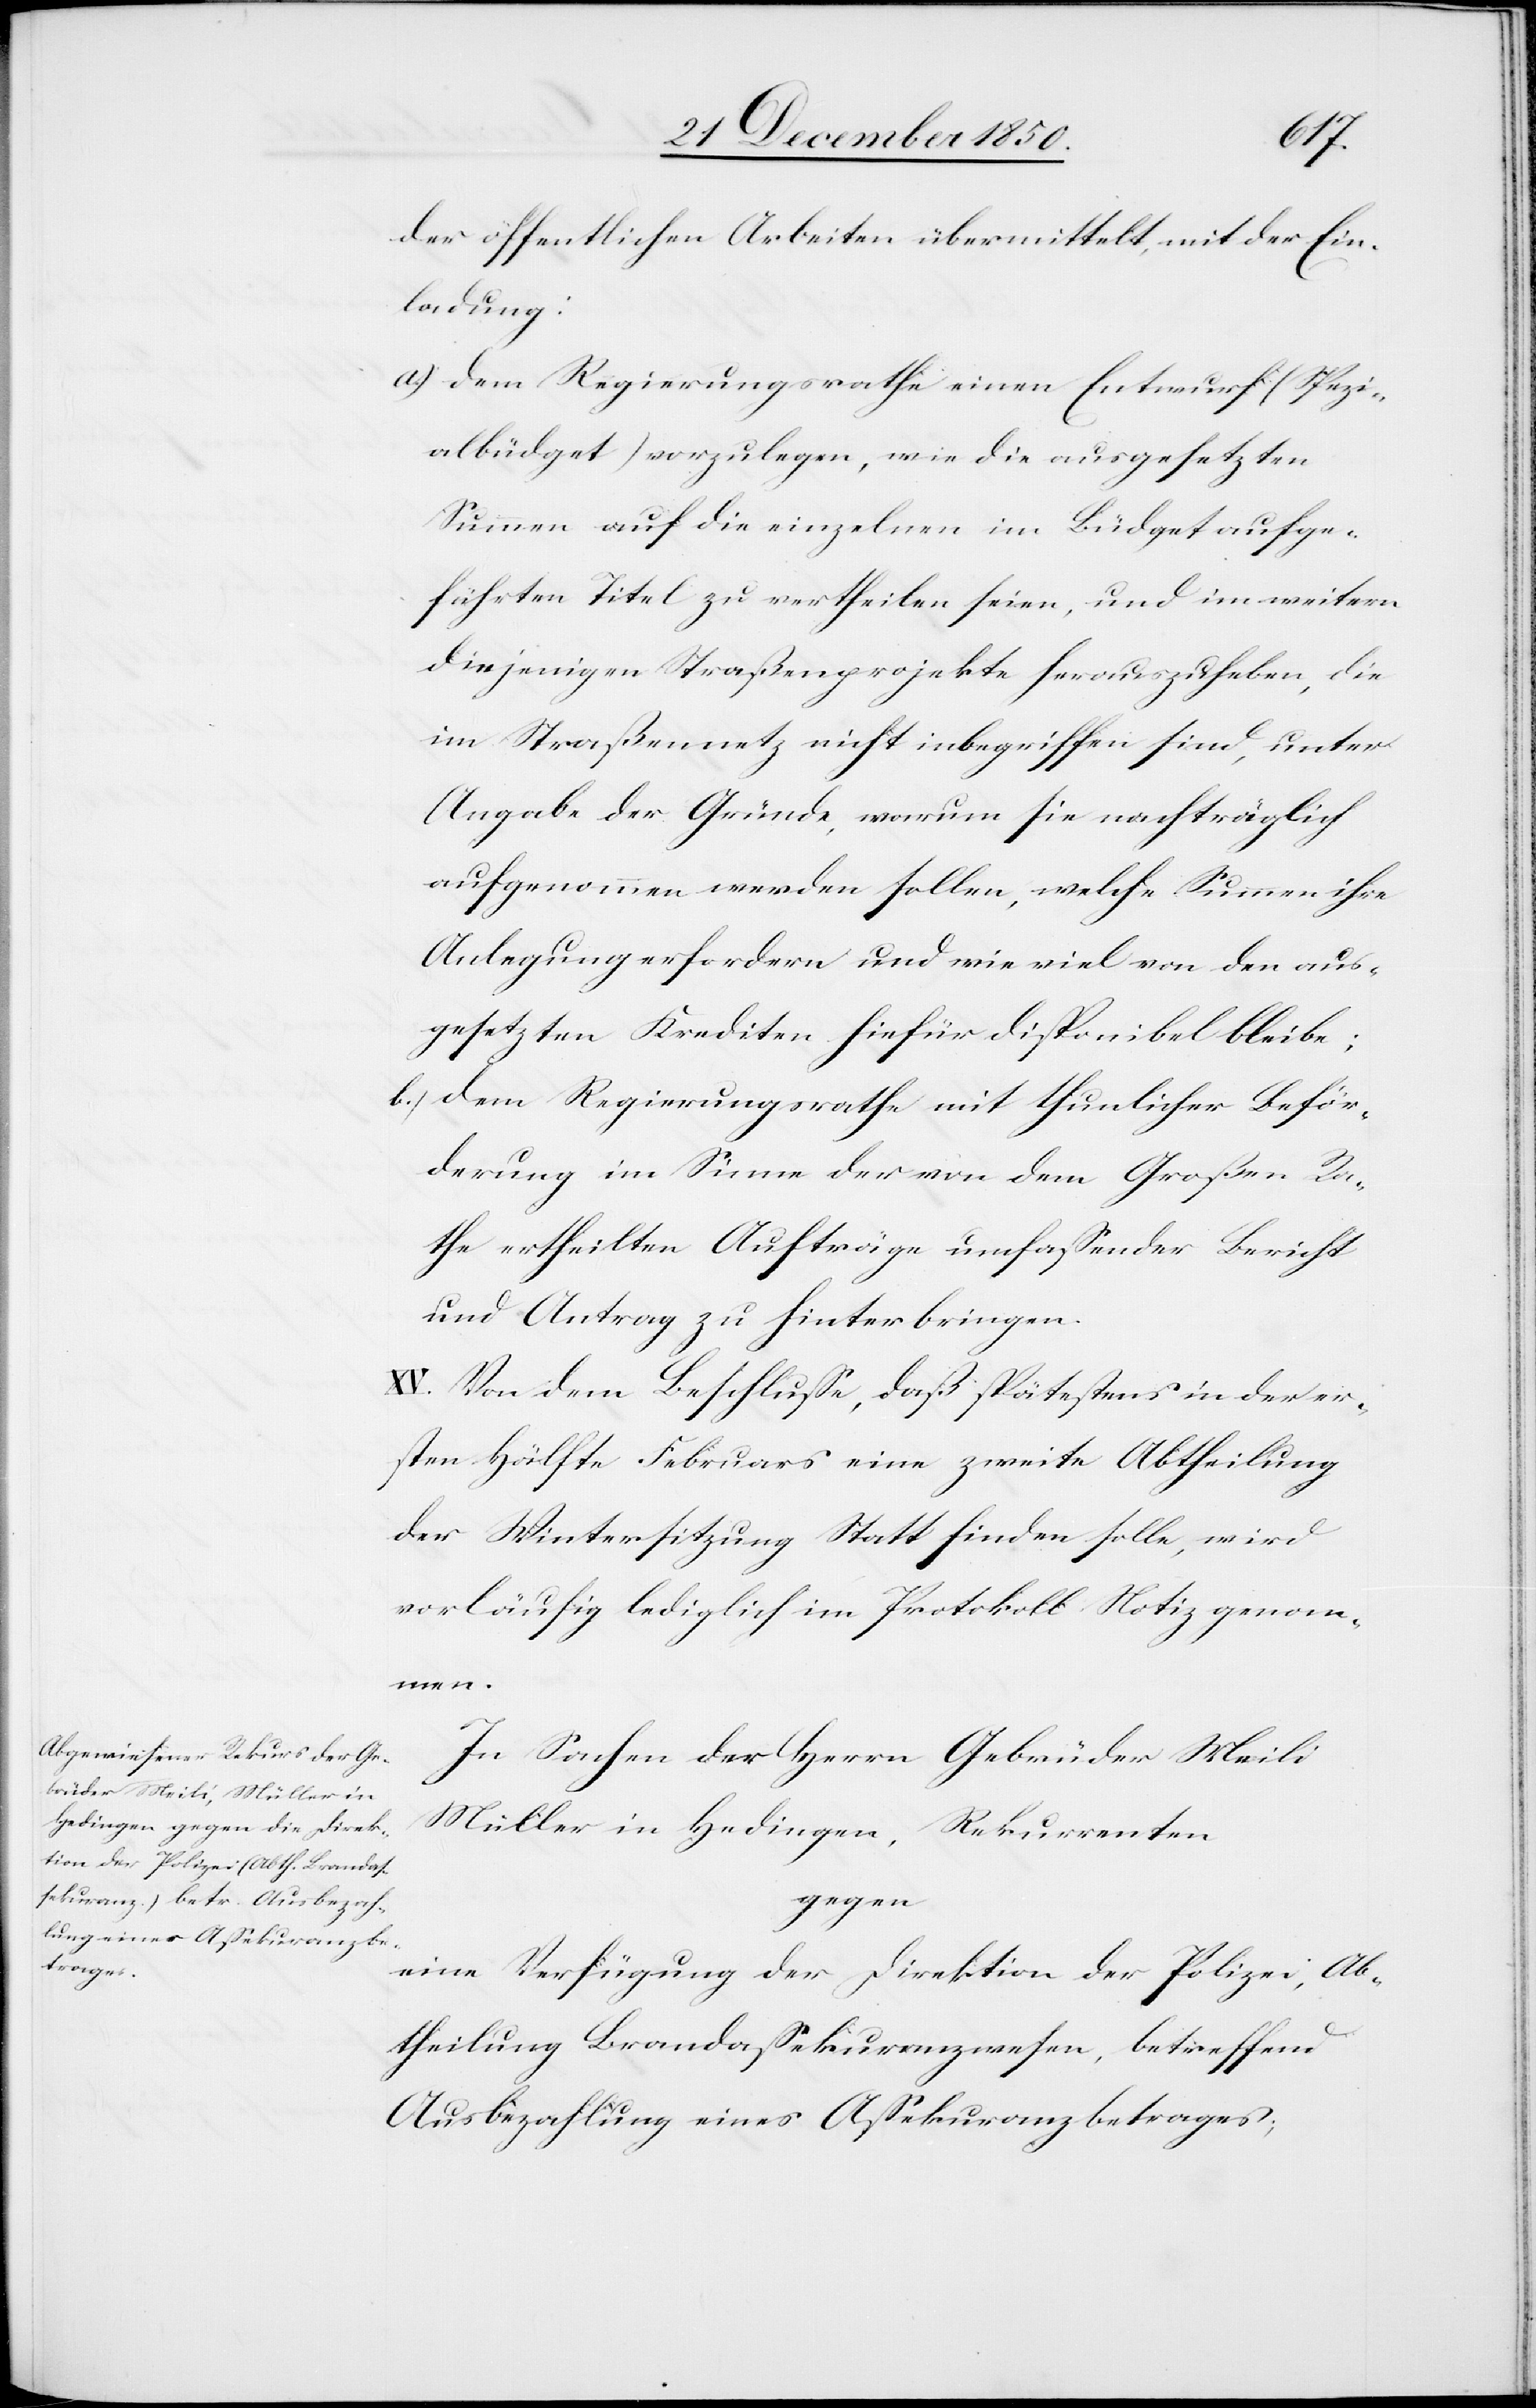
der öffentlichen Arbeiten übermittelt, mit der Ein¬
ladung:
a.) dem Regierungsrathe einen Entwurf (Spezi¬
albüdget) vorzulegen, wie die ausgesetzten
Summen auf die einzelnen im Büdget aufge¬
führten Titel zu vertheilen seien, und im weitern
diejenigen Straßenprojekte herauszuheben, die
im Straßennetz nicht inbegriffen sind, unter
Angabe der Gründe, warum sie nachträglich
aufgenommen werden sollen, welche Summen ihre
Anlegung erfordern und wie viel von den aus¬
gesetzten Krediten hiefür disponibel bleibe;
b.) dem Regierungsrathe mit thunlicher Beför¬
derung im Sinne der von dem Großen Ra¬
the ertheilten Aufträge umfassender Bericht
und Antrag zu hinterbringen.
XV. Von dem Beschlusse, daß spätestens in der er¬
sten Hälfte Februars eine zweite Abtheilung
der Wintersitzung Statt finden solle, wird
vorläufig lediglich im Protokoll Notiz genom¬
men.
In Sachen der Herrn Gebrüder Meili
Müller in Hedingen, Rekurrenten
gegen
eine Verfügung der Direktion der Polizei, Ab¬
theilung Brandassekuranzwesen, betreffend
Ausbezahlung eines Assekuranzbetrages,